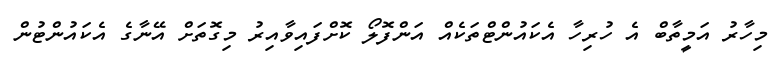
މިހާރު އަމީތާބް އެ ހުރިހާ އެކައުންޓްތަކެއް އަންފޮލޯ ކޮށްފައިވާއިރު މިގޮތަށް އޭނާގެ އެކައުންޓުން